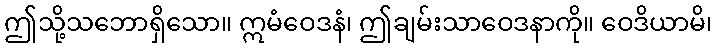
ဤသို့သဘောရှိသော။ ဣမံဝေဒနံ၊ ဤချမ်းသာဝေဒနာကို။ ဝေဒိယာမိ၊